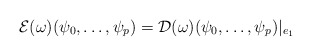
\begin{align*} \mathcal{E} (\omega) (\psi_0,\dots,\psi_{p})= \mathcal{D} (\omega) (\psi_0,\dots,\psi_{p}) \vert _{e_1}\end{align*}